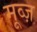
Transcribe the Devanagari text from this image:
मूव्ज़